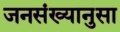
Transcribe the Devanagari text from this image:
जनसंख्यानुसा